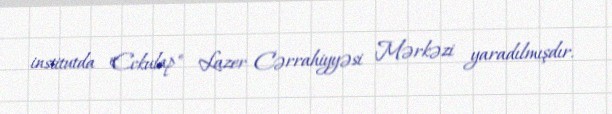
institutda "Eckulap" Lazer Cərrahiyyəsi Mərkəzi yaradılmışdır.